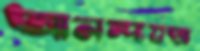
আনন্দযজ্ঞ